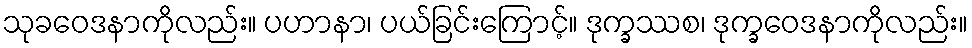
သုခဝေဒနာကိုလည်း။ ပဟာနာ၊ ပယ်ခြင်းကြောင့်။ ဒုက္ခဿစ၊ ဒုက္ခဝေဒနာကိုလည်း။